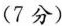
(7分)